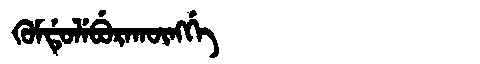
Manchu: ᡴᡠᠮᡩᡠᠯᡝᠪᡠᡵᠠᡴᡡᠩᡤᡝ
Romanization: KUMDULEBURAKŪNGGE